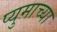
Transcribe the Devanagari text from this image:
प्युमाच्या